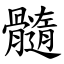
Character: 髓